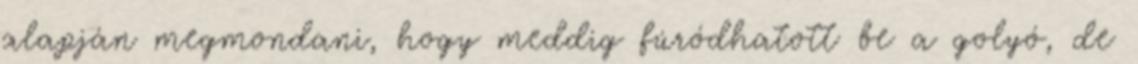
alapján megmondani, hogy meddig fúródhatott be a golyó, de